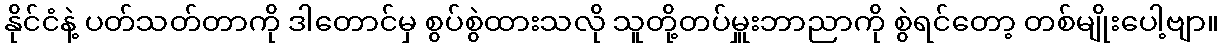
နိုင်ငံနဲ့ ပတ်သတ်တာကို ဒါတောင်မှ စွပ်စွဲထားသလို သူတို့တပ်မှူးဘာညာကို စွဲရင်တော့ တစ်မျိုးပေါ့ဗျာ။